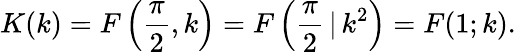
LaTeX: K(k)=F\left({\frac{\pi}{2}},k\right)=F\left({\frac{\pi}{2}}\, |\, k^{2}\right)=F(1;k).